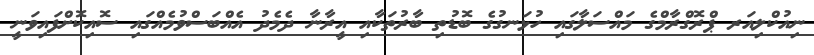
ނިއުކްލިއަރ ޕްރޮގްރާމްގެ މައްސަލާގައި ހުޅަނގުގެ ބޮޑުތި ބާރުތަކާއި އީރާނާ ދެމެދު އެއްބަސްވުމެއްގައި ސޮއިކޮށްފައިވަނީ